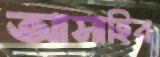
আসাহির